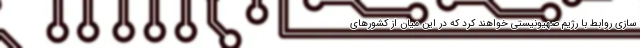
سازی روابط با رژیم صهیونیستی خواهند کرد که در این میان از کشورهای